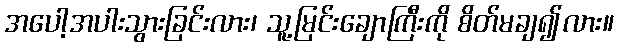
အပေါ့အပါးသွားခြင်းလား၊ သူ့မြင်းချောကြီးကို စိတ်မချ၍လား။